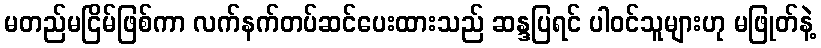
မတည်မငြိမ်ဖြစ်ကာ လက်နက်တပ်ဆင်ပေးထားသည် ဆန္ဒပြရင် ပါဝင်သူများဟု မဖြုတ်နဲ့